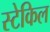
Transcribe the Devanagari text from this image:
स्टेकिल